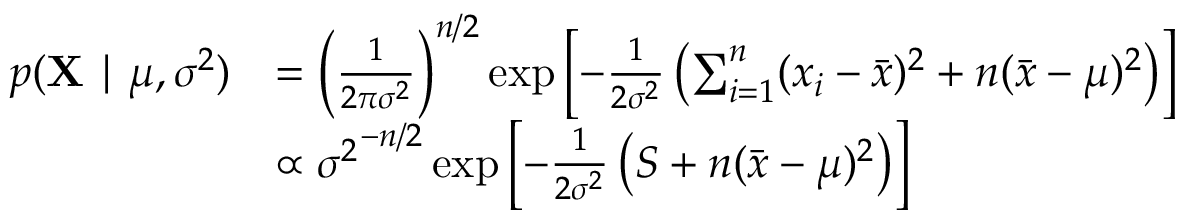
{ \begin{array} { r l } { p ( \mathbf { X } \mid \mu , \sigma ^ { 2 } ) } & { = \left( { \frac { 1 } { 2 \pi \sigma ^ { 2 } } } \right) ^ { n / 2 } \exp \left[ - { \frac { 1 } { 2 \sigma ^ { 2 } } } \left( \sum _ { i = 1 } ^ { n } ( x _ { i } - { \bar { x } } ) ^ { 2 } + n ( { \bar { x } } - \mu ) ^ { 2 } \right) \right] } \\ & { \propto { \sigma ^ { 2 } } ^ { - n / 2 } \exp \left[ - { \frac { 1 } { 2 \sigma ^ { 2 } } } \left( S + n ( { \bar { x } } - \mu ) ^ { 2 } \right) \right] } \end{array} }